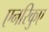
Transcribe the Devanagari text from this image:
एनरिकुए